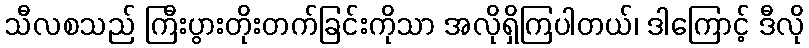
သီလစသည် ကြီးပွားတိုးတက်ခြင်းကိုသာ အလိုရှိကြပါတယ်၊ ဒါကြောင့် ဒီလို